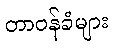
တာဝန်ခံများ